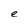
Character: e